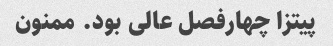
پیتزا چهارفصل عالی بود. ممنون